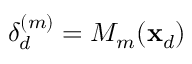
\delta _ { d } ^ { ( m ) } = M _ { m } ( \mathbf { x } _ { d } )